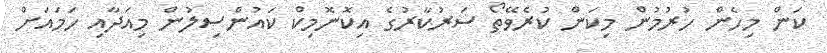
ކަން މިހެން ހުރުމުން މިކަން ކުރެވޭތޯ ސަރުކާރުގެ އިކޮނޮމިކް ކައުންސިލުން މިއަދާއި ހަމައަށް